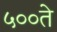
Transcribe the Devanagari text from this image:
५००ते